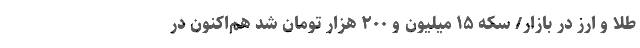
طلا و ارز در بازار/ سکه ۱۵ میلیون و ۲۰۰ هزار تومان شد هم‌اکنون در